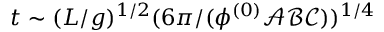
t \sim ( L / g ) ^ { 1 / 2 } ( 6 \pi / ( \phi ^ { ( 0 ) } \mathcal { A } \mathcal { B } \mathcal { C } ) ) ^ { 1 / 4 }